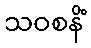
သဝစနိံ